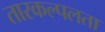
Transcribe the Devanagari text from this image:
तारकल्पलता